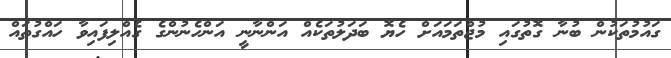
ގައުމުތަކުން ބުނާ ގޮތުގައި މުޖްތަމައަށް ހެޔޮ ބަދަލުތަކެއް އަންނާނީ އަންހެނުންގެ ގެއްލިފައިވާ ހައްގުތައް